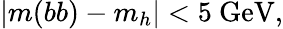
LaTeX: |m({bb})-m_{h}|<5~\mathrm{{GeV}},